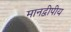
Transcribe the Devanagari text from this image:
मानद्वीपीय